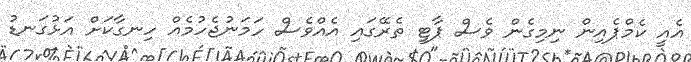
އެއީ ކެމްޕެއިން ނިމިގެން ވެސް ޕާޓީ ތެރޭގައި އެއްވެސް ހަމަނުޖެހުމެއް ހިނގާކަށް އަޅުގަނޑު